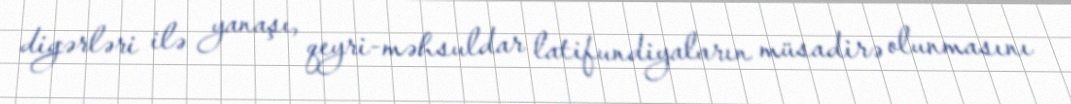
digərləri ilə yanaşı, qeyri-məhsuldar latifundiyaların müsadirə olunmasını